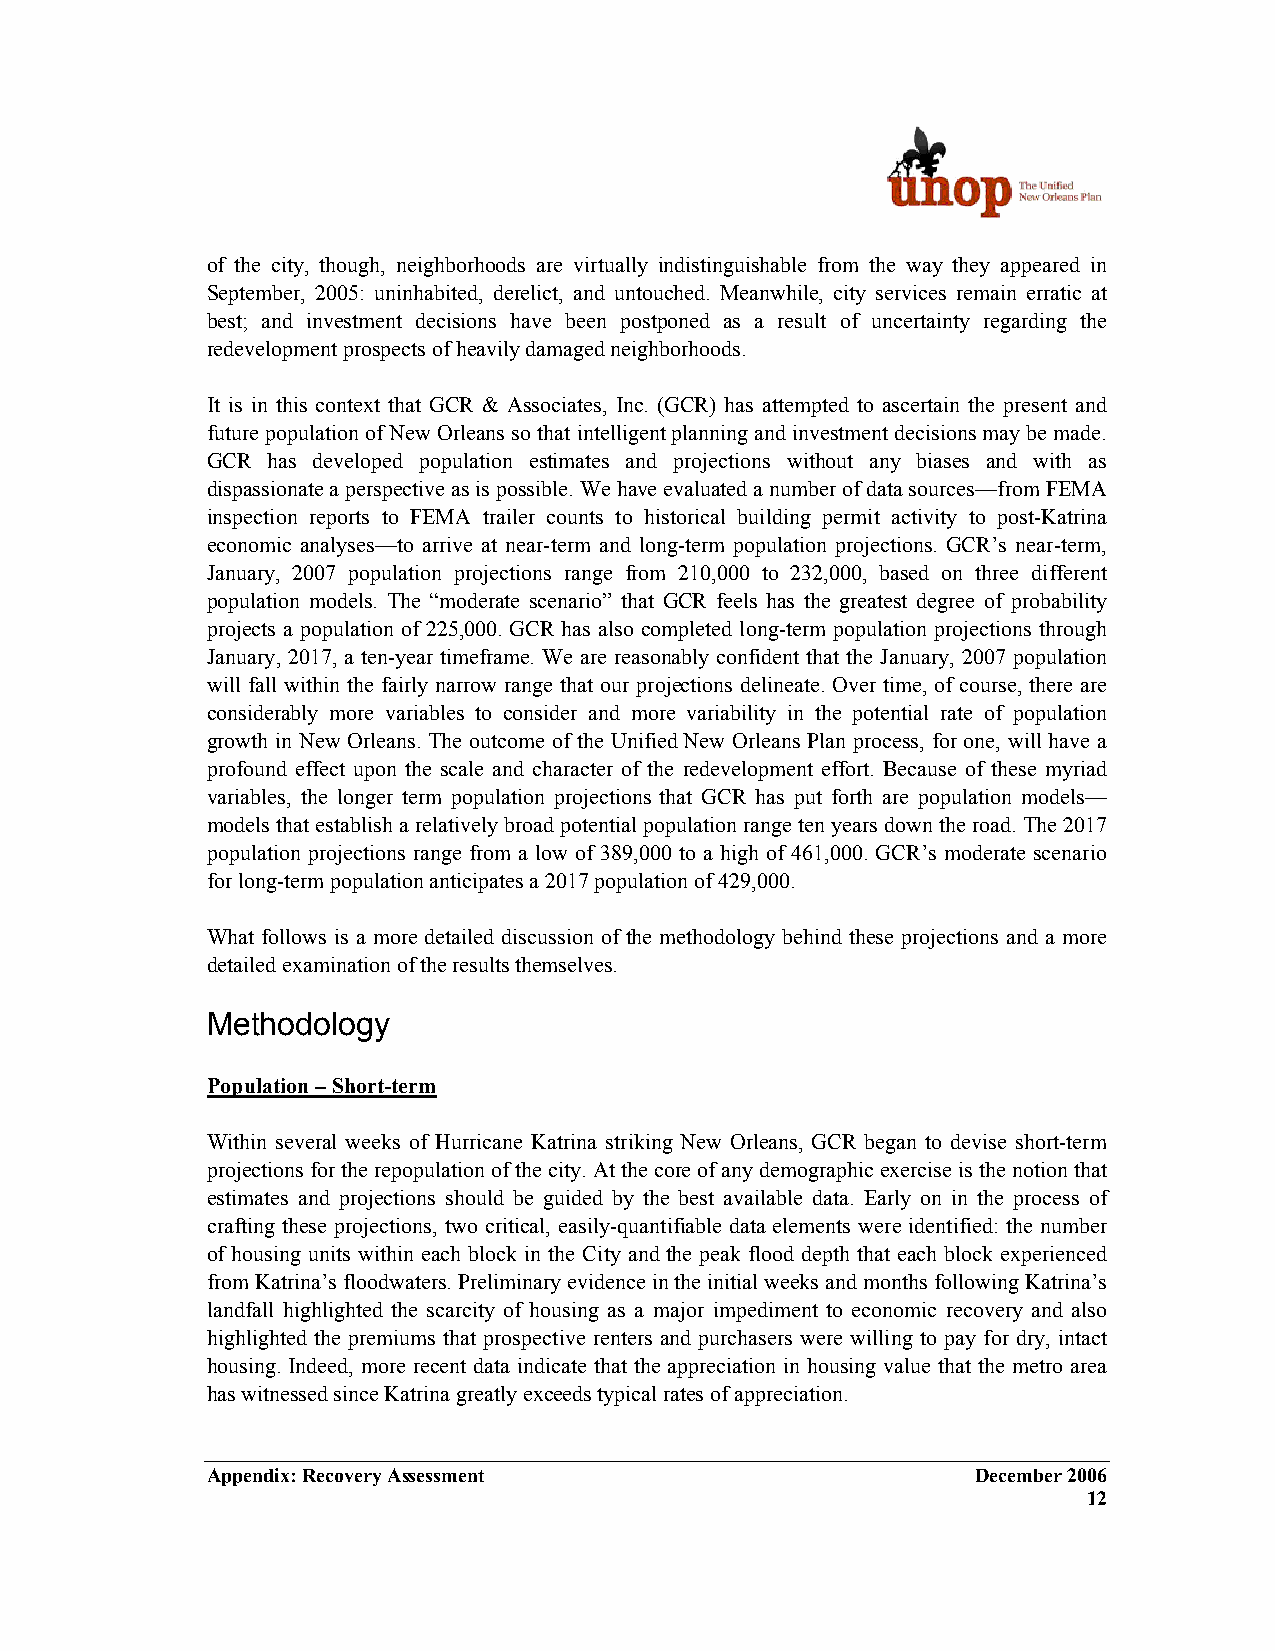
of the city, though, neighborhoods are virtually indistinguishable from the way they appeared in
 September, 2005: uninhabited, derelict, and untouched. Meanwhile, city services remain erratic at
 best; and investment decisions have been postponed as a result of uncertainty regarding the
 redevelopment prospects of heavily damaged neighborhoods.
 It is in this context that GCR & Associates, Inc. (GCR) has attempted to ascertain the present and
 future population of New Orleans so that intelligent planning and investment decisions may be made.
 GCR has developed population estimates and projections without any biases and with as
 dispassionate a perspective as is possible. We have evaluated a number of data sources—from FEMA
 inspection reports to FEMA trailer counts to historical building permit activity to post-Katrina
 economic analyses—to arrive at near-term and long-term population projections. GCR’s near-term,
 January, 2007 population projections range from 210,000 to 232,000, based on three different
 population models. The “moderate scenario” that GCR feels has the greatest degree of probability
 projects a population of 225,000. GCR has also completed long-term population projections through
 January, 2017, a ten-year timeframe. We are reasonably confident that the January, 2007 population
 will fall within the fairly narrow range that our projections delineate. Over time, of course, there are
 considerably more variables to consider and more variability in the potential rate of population
 growth in New Orleans. The outcome of the Unified New Orleans Plan process, for one, will have a
 profound effect upon the scale and character of the redevelopment effort. Because of these myriad
 variables, the longer term population projections that GCR has put forth are population models—
 models that establish a relatively broad potential population range ten years down the road. The 2017
 population projections range from a low of 389,000 to a high of 461,000. GCR’s moderate scenario
 for long-term population anticipates a 2017 population of 429,000.
 What follows is a more detailed discussion of the methodology behind these projections and a more
 detailed examination of the results themselves.
 Methodology
 Population – Short-term
 Within several weeks of Hurricane Katrina striking New Orleans, GCR began to devise short-term
 projections for the repopulation of the city. At the core of any demographic exercise is the notion that
 estimates and projections should be guided by the best available data. Early on in the process of
 crafting these projections, two critical, easily-quantifiable data elements were identified: the number
 of housing units within each block in the City and the peak flood depth that each block experienced
 from Katrina’s floodwaters. Preliminary evidence in the initial weeks and months following Katrina’s
 landfall highlighted the scarcity of housing as a major impediment to economic recovery and also
 highlighted the premiums that prospective renters and purchasers were willing to pay for dry, intact
 housing. Indeed, more recent data indicate that the appreciation in housing value that the metro area
 has witnessed since Katrina greatly exceeds typical rates of appreciation.
 Appendix: Recovery Assessment                      December 2006
 12